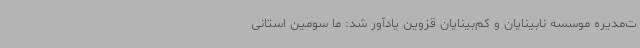
ت‌مدیره موسسه نابینایان و کم‌بینایان قزوین یادآور شد: ما سومین استانی